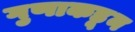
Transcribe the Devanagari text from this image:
गुणाकडून